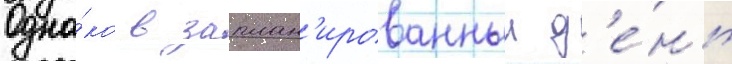
Одна́ко в заплан'ированныи д'е́нь